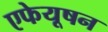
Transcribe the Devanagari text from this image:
एफेयूषन